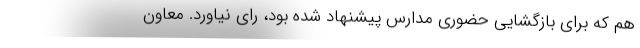
هم که برای بازگشایی حضوری مدارس پیشنهاد شده بود، رای نیاورد. معاون